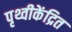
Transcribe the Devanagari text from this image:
पृथ्वीकेंद्रित